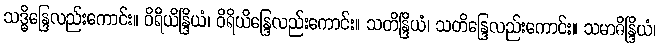
သဒ္ဓိန္ဒြေလည်းကောင်း။ ဝိရိယိန္ဒြိယံ၊ ဝိရိယိန္ဒြေလည်းကောင်း။ သတိန္ဒြိယံ၊ သတိန္ဒြေလည်းကောင်း။ သမာဓိန္ဒြိယံ၊